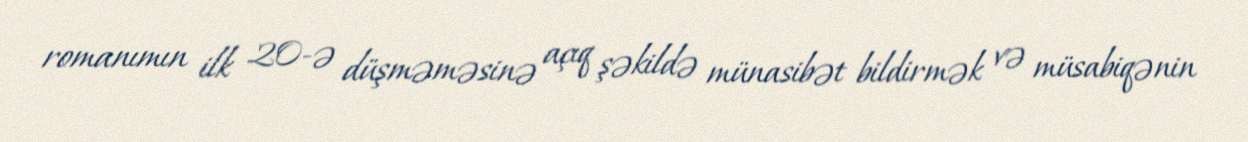
romanımın ilk 20-ə düşməməsinə açıq şəkildə münasibət bildirmək və müsabiqənin